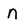
Character: n